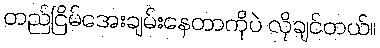
တည်ငြိမ်အေးချမ်းနေတာကိုပဲ လိုချင်တယ်။